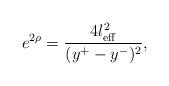
LaTeX: \begin{align*}e^{2\rho}=\frac{4l^2_{\rm eff}}{(y^+ - y^-)^2},\end{align*}